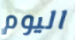
اليوم